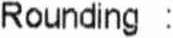
ROUNDING :